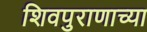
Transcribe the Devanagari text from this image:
शिवपुराणाच्या